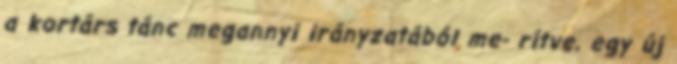
a kortárs tánc megannyi irányzatából me- rítve, egy új